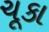
ચૂકા